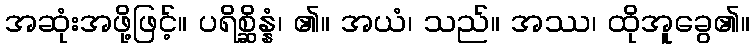
အဆုံးအဖို့ဖြင့်။ ပရိစ္ဆိန္နံ၊ ၏။ အယံ၊ သည်။ အဿ၊ ထိုအူခွေ၏။